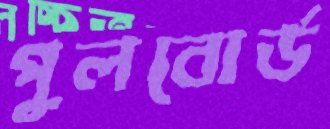
পুলবোর্ড